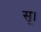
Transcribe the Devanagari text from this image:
सू।